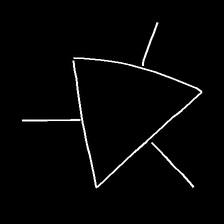
Glyph: fire